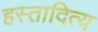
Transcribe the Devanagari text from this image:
हस्तादित्य